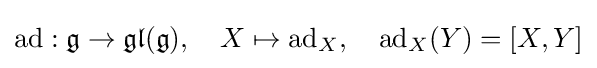
{\textrm {ad}}:{\mathfrak {g}}\to {\mathfrak {gl}}({\mathfrak {g}}),\quad X\mapsto \operatorname {ad} _{X},\quad \operatorname {ad} _{X}(Y)=[X,Y]